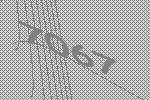
7067